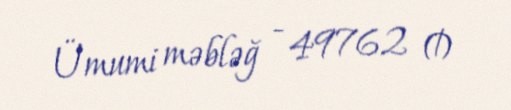
Ümumi məbləğ - 49762 ₼